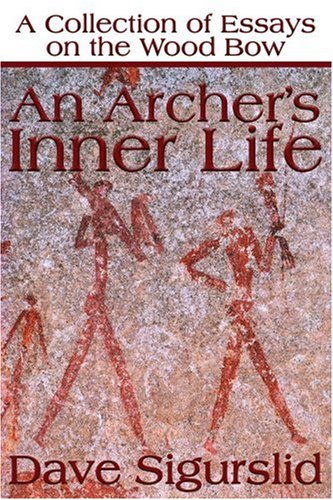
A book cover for An Archer's Inner Life: A Collection of Essays on the Wood Bow; Dave Sigurslid; Sports & Outdoors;